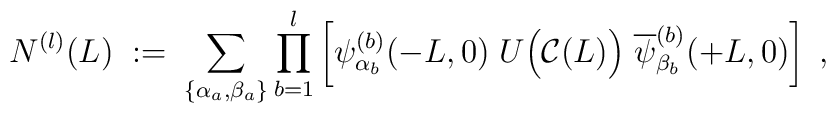
N^{(l)}(L) \; := \; \sum_{\{\alpha_a,\beta_a\}}\prod_{b=1}^l \left[\psi_{\alpha_b}^{(b)}(-L,0) \; U\Big({\cal C}(L)\Big)\;\overline{\psi}_{\beta_b}^{(b)}(+L,0) \right] \; ,